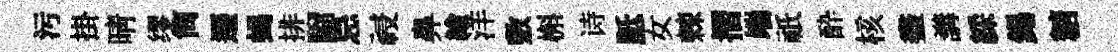
污掛晴缪筒遷蝎排騮忌祲鼻繪洋敷槲诗胝女棘摺端祇酔核盡講綵錫糖